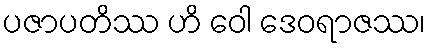
ပဇာပတိဿ ဟိ ဝေါ ဒေဝရာဇဿ၊